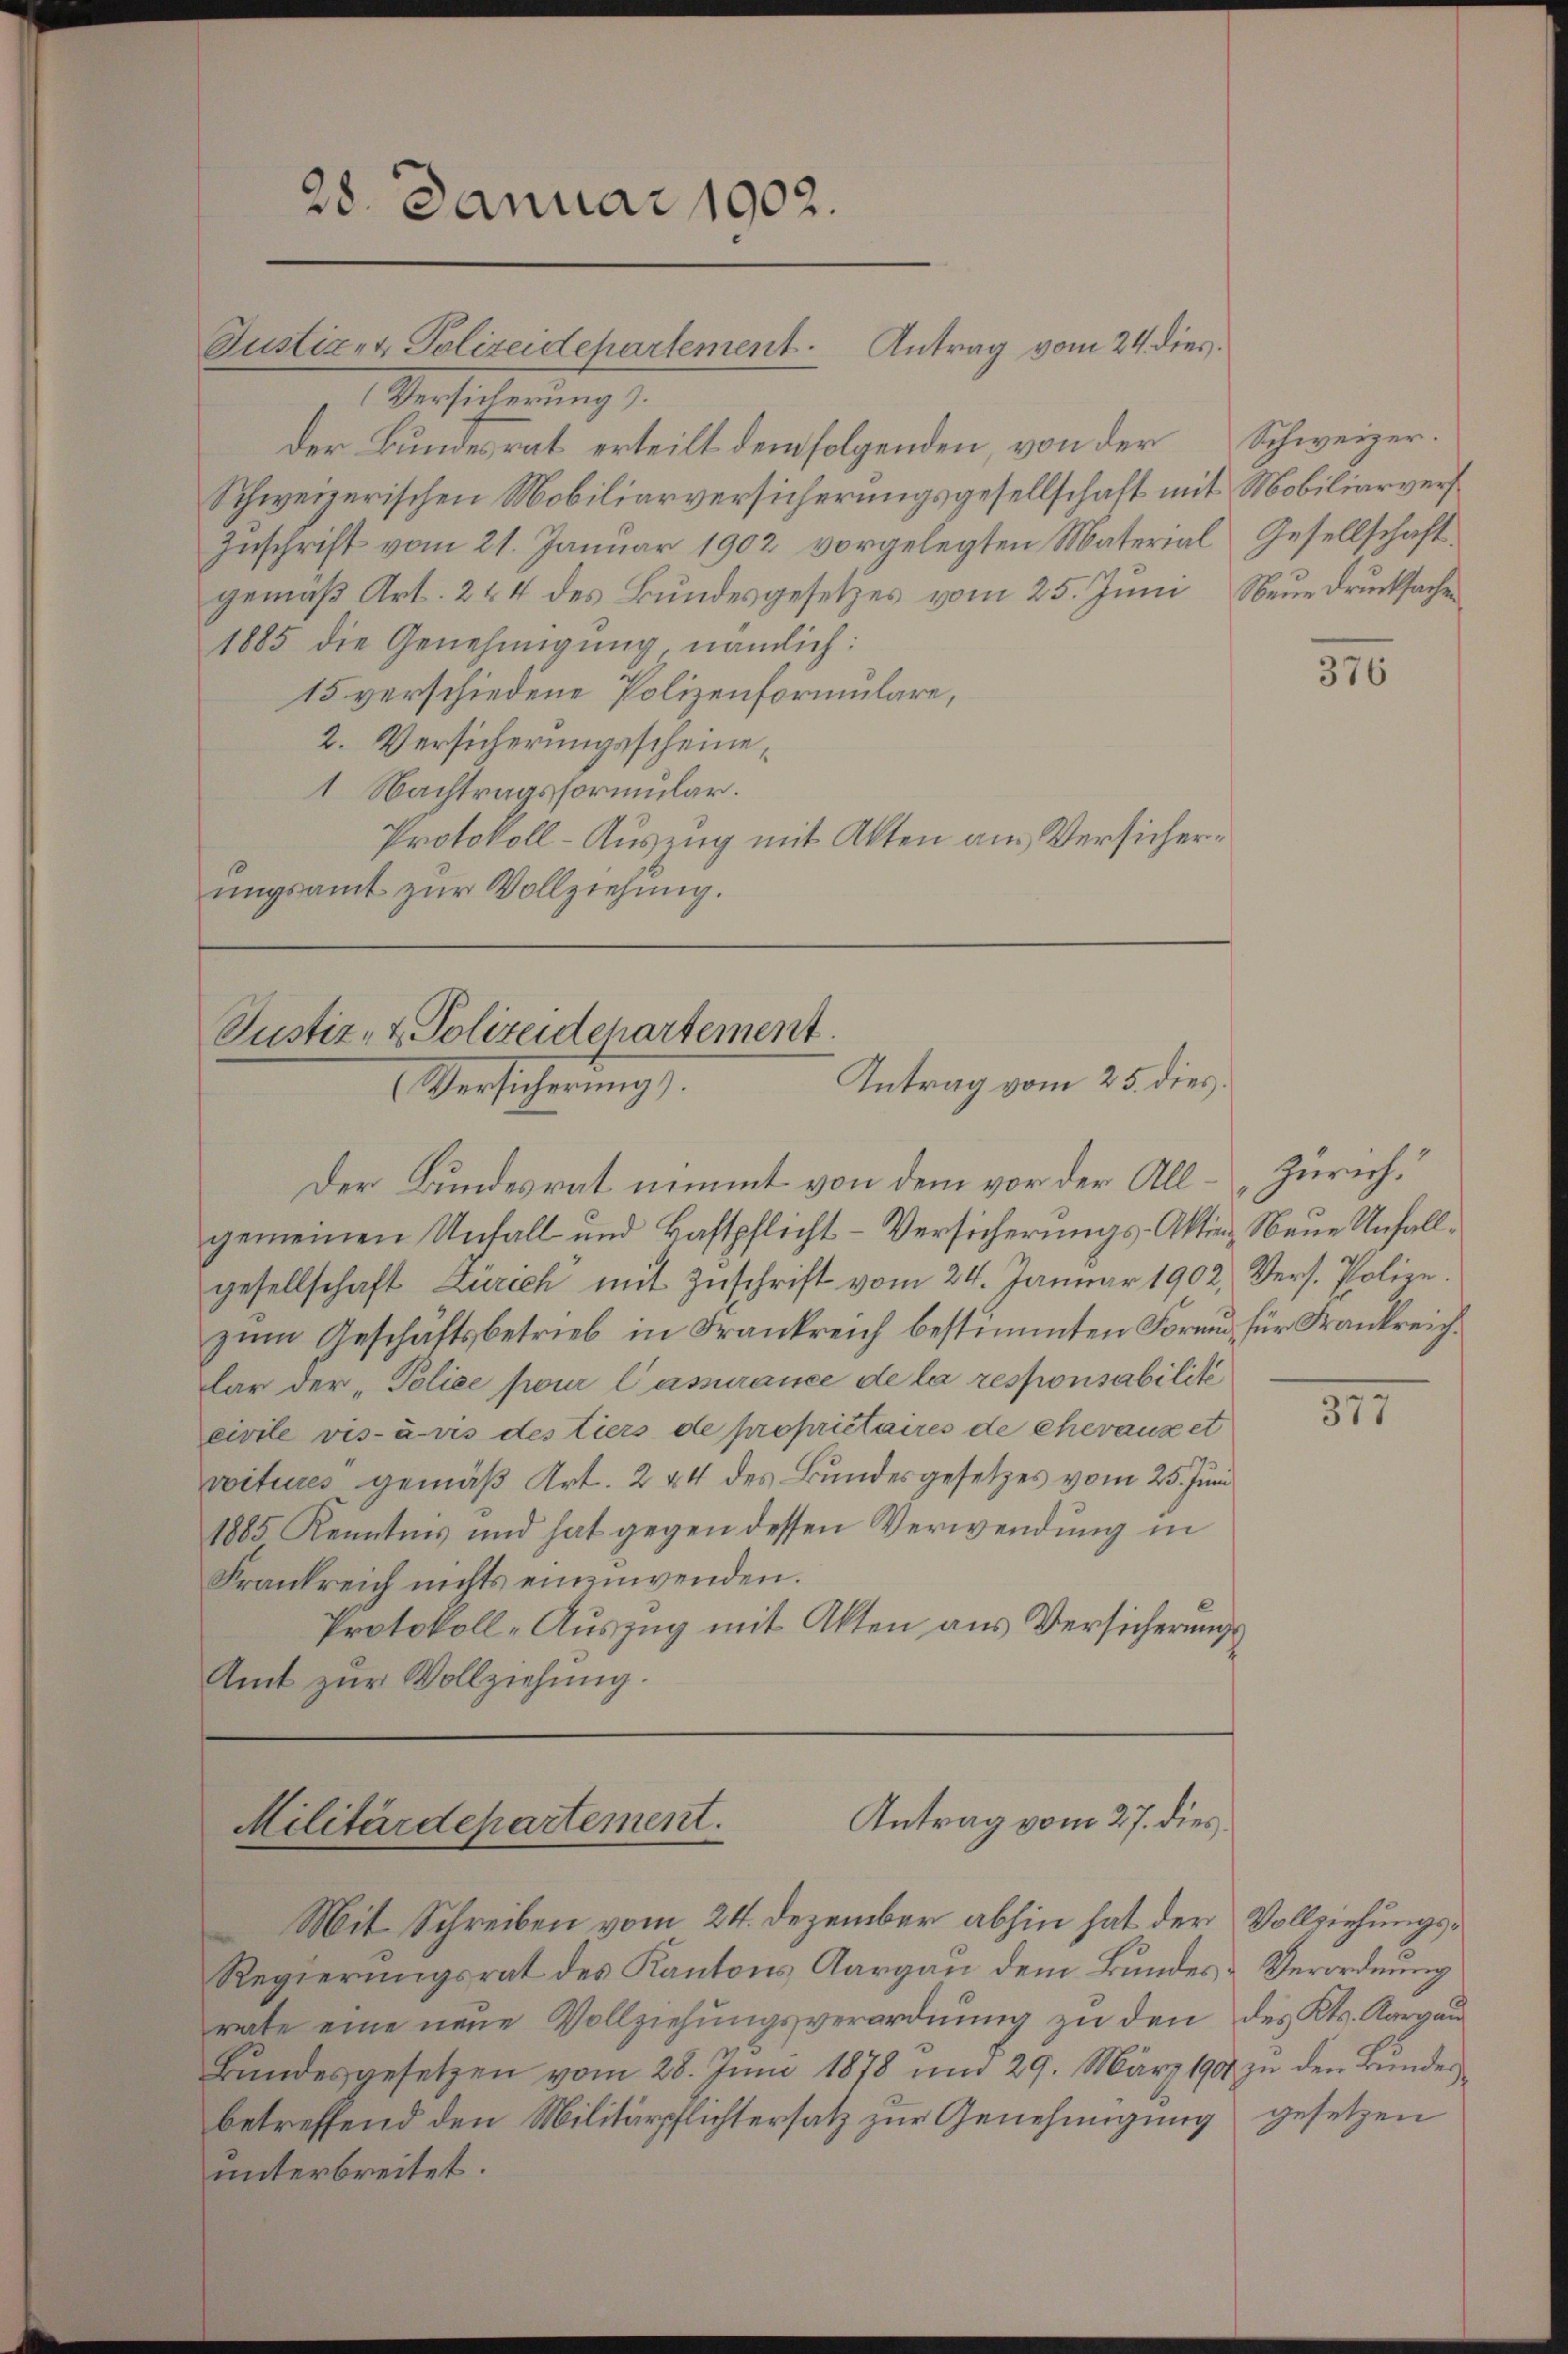
28. Januar 1902.

Versicherung).
Der Bundesrat erteilt dem folgenden, von der Schweizer¬
Schweizerischen Mobiliarversicherungsgesellschaft mit Mobiliarvers
Zuschrift vom 21. Januar 1902 vorgelegten Material Gesellschaft.
gemäß Art. 244 des Bundesgesetzes vom 25. Juni Neue Drucksachen
1885 die Genehmigŭng nämlich:
15 verschiedene Polizenformulare,
2. Versicherungsscheine,
1 Nachtragsformular.
Protokoll-Auszug mit Akten am Versicherŭngsamt zŭr Vollziehung.

Justiz- & Polizeidepartement. Antrag vom 24. dies

Justiz- & Polizeidchartement
Antrag vom 25. dies
Versicherŭng.

Der Bundesrat nimmt von dem vor der All-Zürich.“
gemeinen Unfall und Haftpflicht-Versicherungs-Aktien, Neue Unfallgesellschaft Zürich mit Zuschrift vom 24. Januar 1902, Vers. Polize
zum Geschäftsbetrieb in Frankreich bestimmten Form, für Frankreichlar der „Police pour l’assurance de la responsabilité
civile vis-aus des tiers de propriétaires de chevauzet
viteres gemäß Art. 244 des Bundesgesetzes vom 25. Juni
1885 Kenntnis und hat gegen dessen Verwendung in
Frankreich nichts einzuwenden.
Protokoll-Auszug mit Akten aus Versicherungs
Amt zur Vollziehung.

Antrag vom 27. dies
Militärdepartement.

Mit Schreiben vom 24. Dezember abhin hat der Vollziehungs¬
Regierungsrat des Kantons Aargau dem Bundes-Verordnung
rate eine neue Vollziehungsverordnung zu den des Kts. Aargau
Bŭndesgesetzen vom 28. Juni 1878 und 29. März 1901 zu den Bundesbetreffend den Militärpflichtersatz zur Genehmigung gesetzen
unterbreitet.

376

377